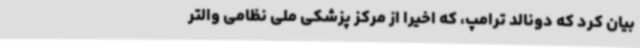
بیان کرد که دونالد ترامپ، که اخیراً از مرکز پزشکی ملی نظامی والتر